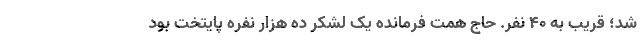
شد؛ قریب به ۴۰ نفر. حاج همت فرمانده یک لشکر ده هزار نفره پایتخت بود